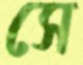
সে